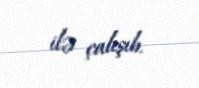
ilə çalışıb.